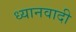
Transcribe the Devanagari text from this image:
ध्यानवादी